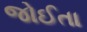
જોઈતા